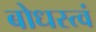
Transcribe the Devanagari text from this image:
बोधस्त्वं